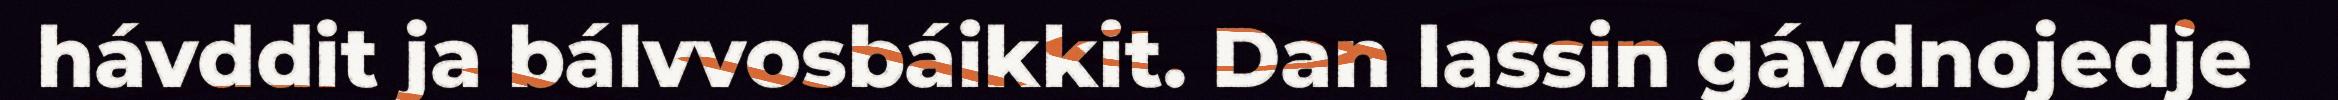
hávddit ja bálvvosbáikkit. Dan lassin gávdnojedje